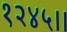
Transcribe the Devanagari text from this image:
१२४५।।